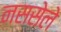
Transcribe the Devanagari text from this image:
नससेले